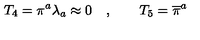
T _ { 4 } = \pi ^ { a } \lambda _ { a } \approx 0 \quad , \qquad T _ { 5 } = \overline { { \pi } } ^ { a }